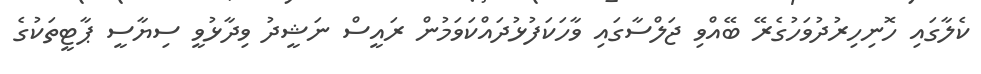
ކެލާގައި ހޮނިހިރުދުވަހުގެރޭ ބޭއްވި ޖަލްސާގައި ވާހަކަފުޅުދައްކަވަމުން ރައީސް ނަޝީދު ވިދާޅުވީ ސިޔާސީ ޕާޓީތަކުގެ